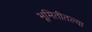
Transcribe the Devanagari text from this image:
भूमितीतल्या